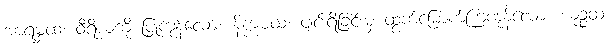
အာရမ္ဘထ၊ ဝီရိယကို ပြုကုန်လော့။ နိက္ကမထ၊ ပျင်းရိခြင်းမှ ထွက်မြောက်ကြကုန်လော့။ ယုဉ္ဇထ၊